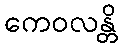
ကေဝလန္တိ